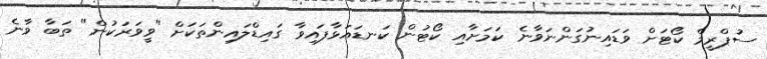
ސުޕްރީމް ކޯޓަށް ވަޑައިނުގަންނަވާނެ ކަމަށާއި ކޯޓުން ކަނޑައަޅާފައިވާ ގައިޑްލައިންތަކަށް "ވީވަރަކުން" ތަބާ ވާނެ